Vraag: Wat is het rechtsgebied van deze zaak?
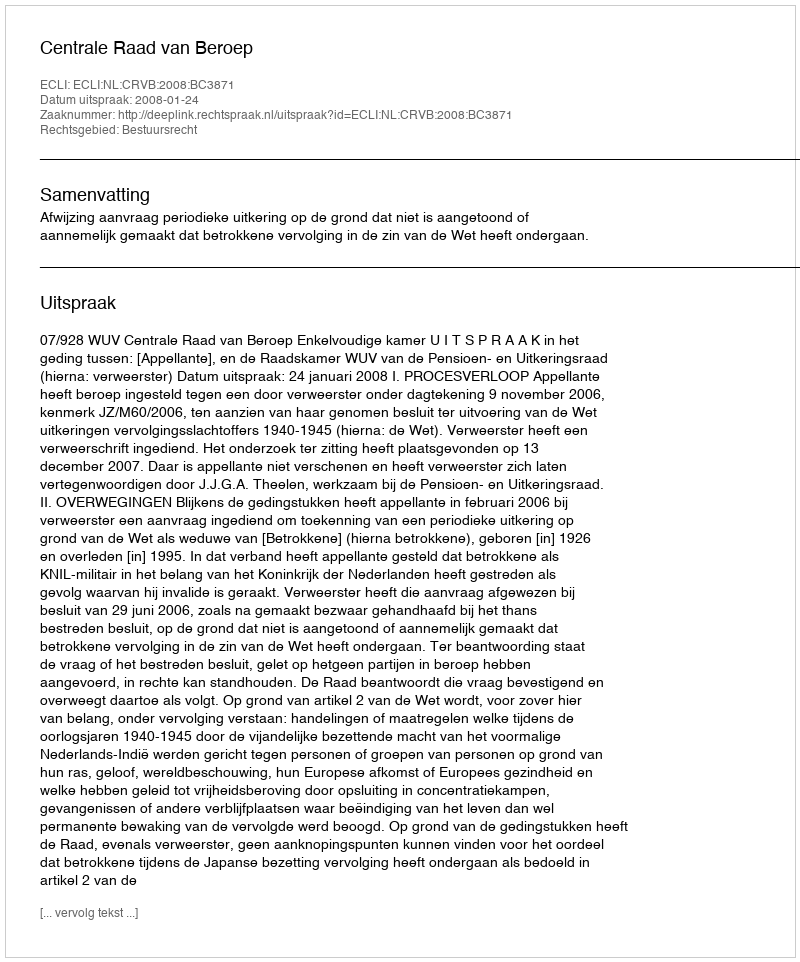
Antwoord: Bestuursrecht